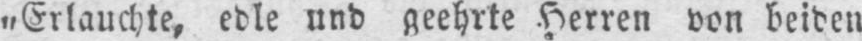
„Erlauchte, edle und geehrte Herren von beiden